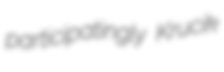
participatingly Krucik